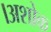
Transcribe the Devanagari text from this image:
।अशोक